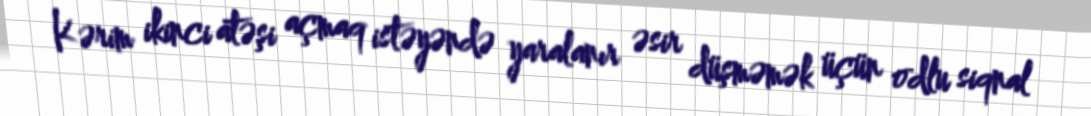
Kərim ikinci atəşi açmaq istəyəndə yaralanır əsir düşməmək üçün odlu siqnal